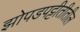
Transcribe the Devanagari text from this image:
झोपडपट्टीतीतील